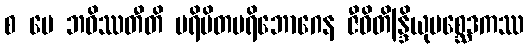
စ မေ ဘဝိဿတီတိ ပရိမိတပရိဘောဂေန ဇီဝိတိန္ဒြိယုပစ္ဆေဒကဿ